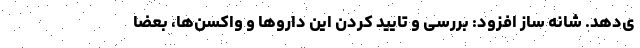
ی‌دهد. شانه ساز افزود: بررسی و تایید کردن این داروها و واکسن‌ها، بعضا